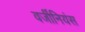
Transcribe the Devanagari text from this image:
वर्जीनियंस